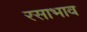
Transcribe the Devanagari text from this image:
रसाभाव